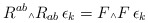
\begin{align*}R^{ab}\mbox{\tiny $\wedge$} R_{ab}\, \epsilon_k = F\mbox{\tiny $\wedge$} F\, \epsilon_k\end{align*}